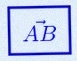
\vec{AB}